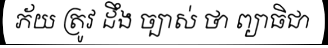
ភ័យ ត្រូវ ដឹង ច្បាស់ ថា ព្យាធិជា